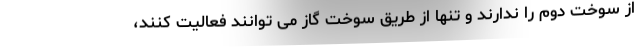
از سوخت دوم را ندارند و تنها از طریق سوخت گاز می توانند فعالیت کنند،